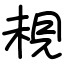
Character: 䙿